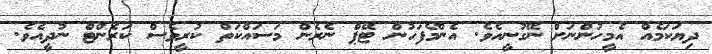
ދިޔަކަމެއް އެމީހުންނަށް ނޭގުނީއެެވެ. އެންމެފަހުން ޓޭޕް ނެރެން މަސައްކަތް ކުރީވެސް ކަރެންޓް ނުދީއެވެ.